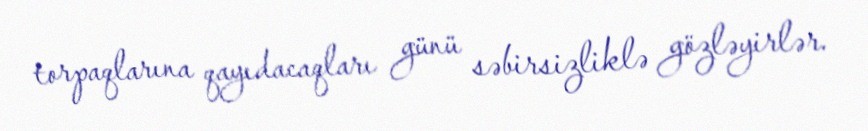
torpaqlarına qayıdacaqları günü səbirsizliklə gözləyirlər.